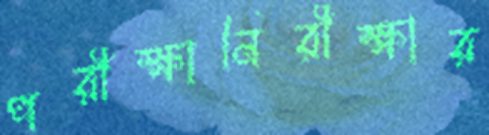
পরীক্ষানিরীক্ষার